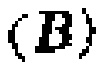
\((\boldsymbol{B})\)